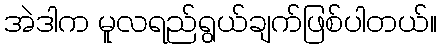
အဲဒါက မူလရည်ရွယ်ချက်ဖြစ်ပါတယ်။